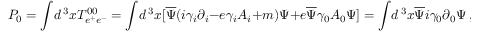
P _ { 0 } = \int \! d \, ^ { 3 } x T _ { e ^ { + } e ^ { - } } ^ { 0 0 } = \int \! d \, ^ { 3 } x [ \overline { { { \Psi } } } ( i \gamma _ { i } \partial _ { i } - e \gamma _ { i } A _ { i } + m ) \Psi + e \overline { { { \Psi } } } \gamma _ { 0 } A _ { 0 } \Psi ] = \int \! d \, ^ { 3 } x \overline { { { \Psi } } } i \gamma _ { 0 } \partial _ { 0 } \Psi \ ,